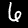
Label: 6